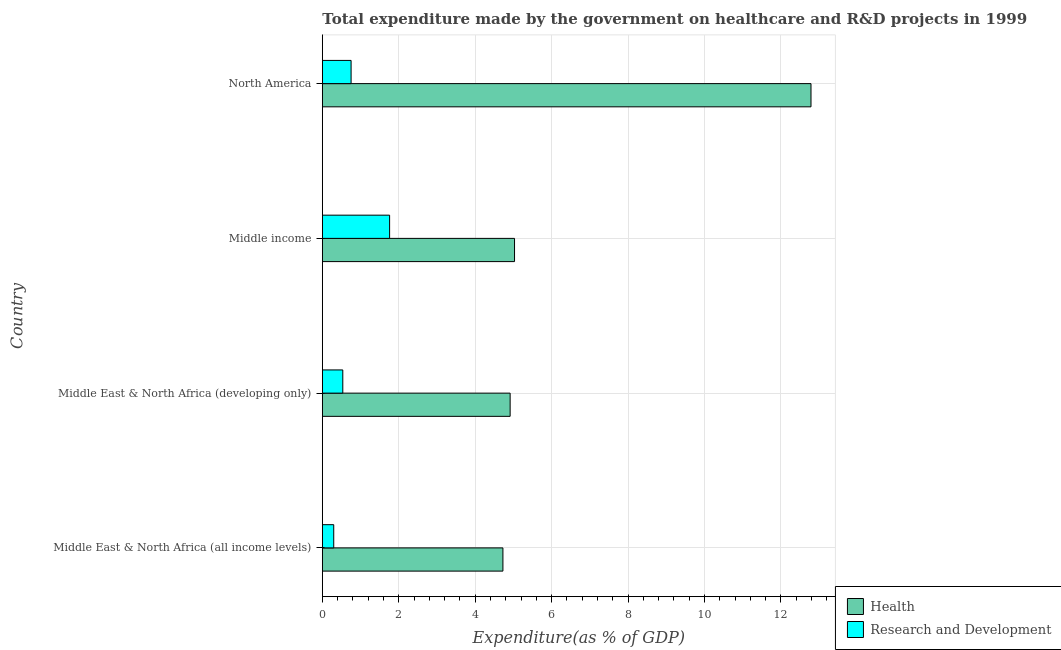
| Country | Health | Research and Development |
 | --- | --- | --- |
 | Middle East & North Africa (all income levels) | 4.73 | 0.298 |
 | Middle East & North Africa (developing only) | 4.91 | 0.536 |
 | Middle income | 5.03 | 1.76 |
 | North America | 12.8 | 0.753 |